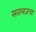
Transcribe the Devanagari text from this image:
सतलजचा